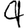
Digit: 4